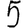
Digit: 5